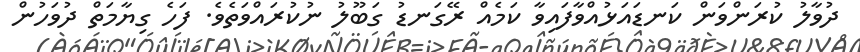
ދުވާލު ކުރަންވަން ކަނޑައަޅުއްވާފައިވާ ކަމެއް ރޭގަނޑު ގަބޫލު ނުކުރައްވަތެވެ. ފަހެ ގިޔާމަތް ދުވަހުން